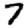
Digit: 7